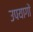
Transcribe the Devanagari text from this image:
उपयागों